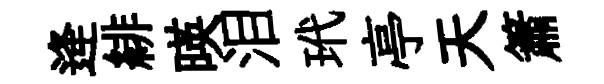
逄緋暎泪玳亭天簫